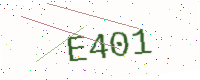
Text: E401